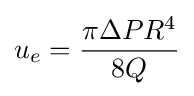
u_{e}={\frac {\pi \Delta PR^{4}}{8Q}}